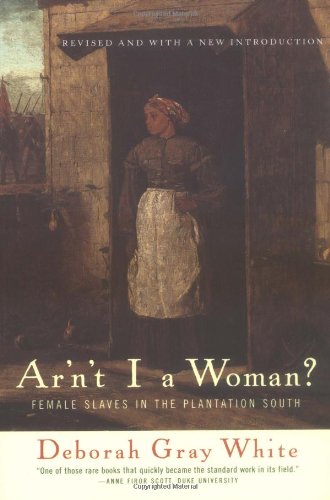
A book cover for Ar'n't I a Woman?: Female Slaves in the Plantation South; Deborah Gray White; History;